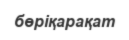
бөріқарақат